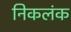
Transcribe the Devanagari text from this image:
निकलंक